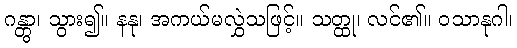
ဂန္တွာ၊ သွား၍။ နနု၊ အကယ်မလွှဲသဖြင့်။ သတ္ထု၊ လင်၏။ ဝသာနုဂါ၊